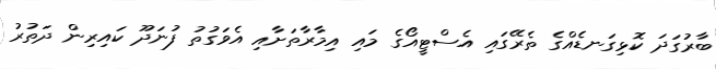
ބާރުގަދަ ކޮޅިގަނޑެއްގެ ތެރޭގައި އެސްޓީއޯގެ މައި އިމާރާތަށާއި އެވަގުތު ފުނަދޫ ކައިރިން ދަތުރު